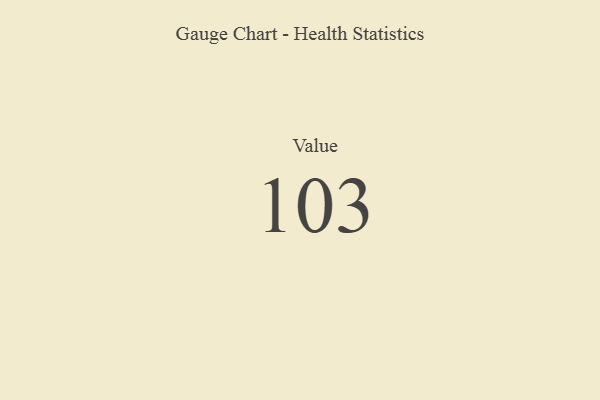
{"axis": {"x": "Metric", "y": "Value"}, "legend": [""], "data": [{"x": "Value", "y": 103, "type": ""}]}